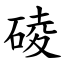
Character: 碐